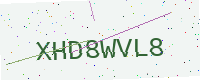
Text: XHD8WVL8